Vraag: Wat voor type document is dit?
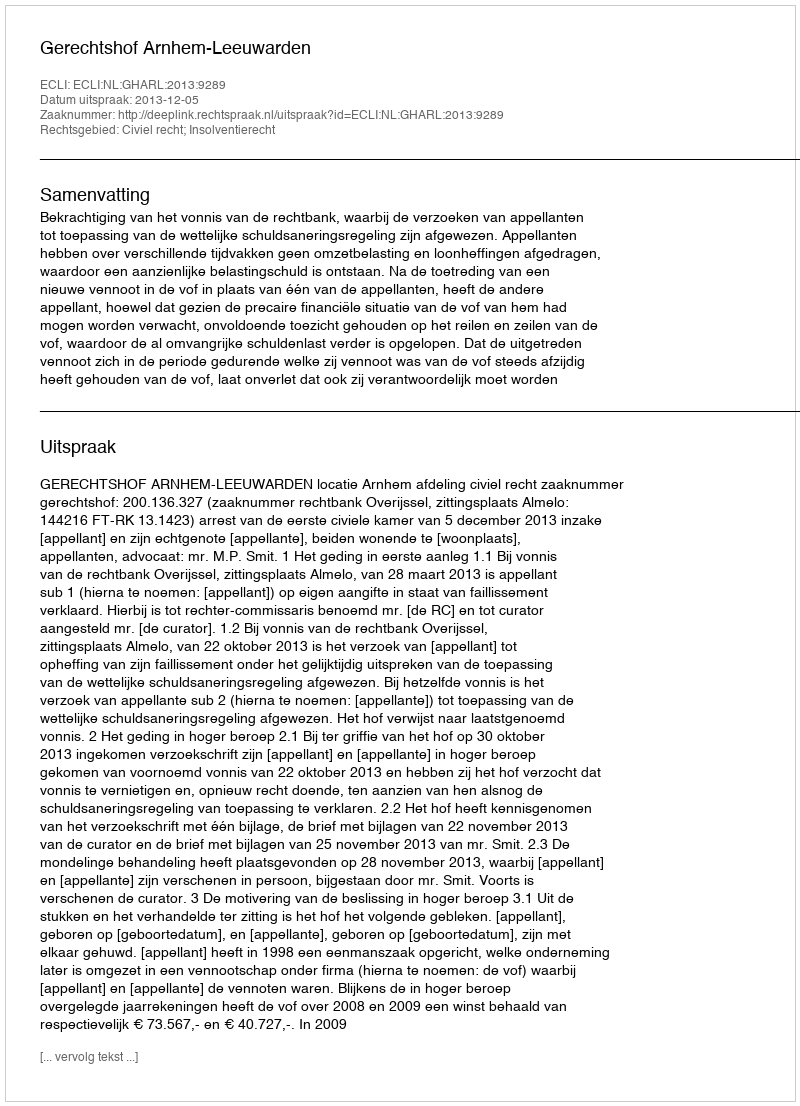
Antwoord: Uitspraak